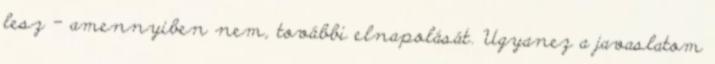
lesz – amennyiben nem, további elnapolását. Ugyanez a javaslatom